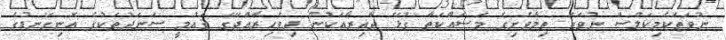
ނުވަތަކެމިކަލްސް ނުވަތަ ތިމާވެށިގެ މަސައްކަތާ ގުޅޭ ދާއިރާއަކުން ދިވެހިރާއްޖޭގެ ޤައުމީ ސަނަދުތަކުގެ އޮނިގަނޑުގެ